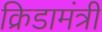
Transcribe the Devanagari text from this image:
क्रिडामंत्री